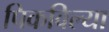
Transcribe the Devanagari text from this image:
पिकविल्या